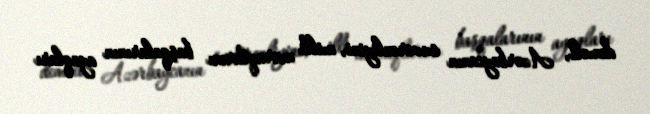
deməli, Azərbaycanın suverenliyini, milli maraqlarını başqalarının ayaqları